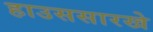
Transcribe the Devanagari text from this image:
हाउससारखे